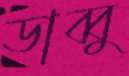
ডাব্বু